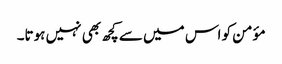
مؤمن کو اس میں سے کچھ بھی نہیں ہوتا۔